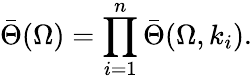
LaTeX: \bar{\Theta}(\Omega)=\prod_{i=1}^{n}\bar{\Theta}(\Omega,k_{i}).